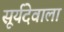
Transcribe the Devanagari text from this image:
सूर्यदेवाला